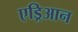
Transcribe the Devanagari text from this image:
एड्रिआन